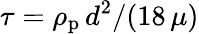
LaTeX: \tau=\rho_{\mathrm{p}}\, d^{2}/(18\, \mu)